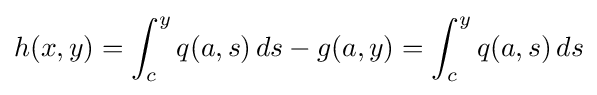
h(x,y)=\int _{c}^{y}q(a,s)\,ds-g(a,y)=\int _{c}^{y}q(a,s)\,ds